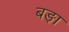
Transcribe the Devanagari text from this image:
बङ़ा